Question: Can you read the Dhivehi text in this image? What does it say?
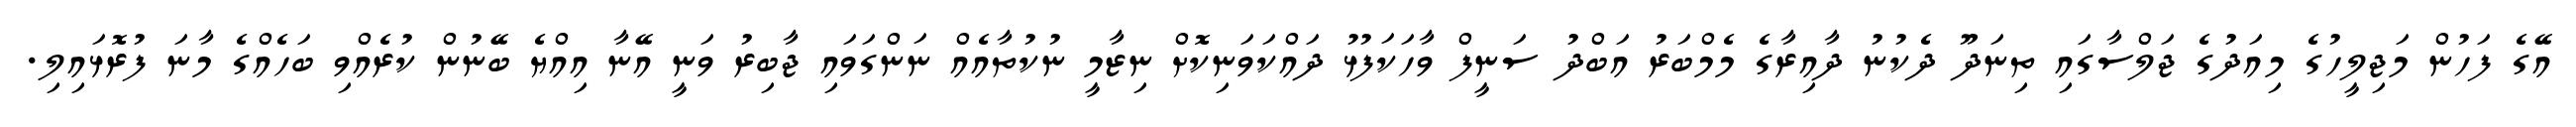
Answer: އޭގެ ފަހުން މަޖިލީހުގެ މިއަދުގެ ޖަލްސާގައި ތިނަދޫ ދެކުނު ދާއިރާގެ މެމްބަރު އަބްދު ސަނީފް ވާހަކަފުޅު ދައްކަވަނިކޮށް ނިޒާމީ ނުކުތާއެއް ނަންގަވައި ޖާބިރު ވަނީ އޭނާ އިއްޔެ ބޭނުން ކުރެއްވި ބަހެއްގެ މާނަ ފުރޮޅައިލި.